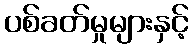
ပစ်ခတ်မှုများနှင့်